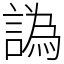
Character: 譌